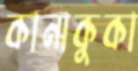
কানাকুকা